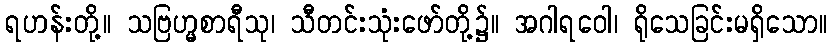
ရဟန်းတို့။ သဗြဟ္မစာရီသု၊ သီတင်းသုံးဖော်တို့၌။ အဂါရဝေါ၊ ရိုသေခြင်းမရှိသော။